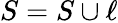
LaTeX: S=S\cup\ell